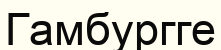
Гамбургге